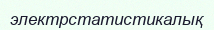
электрстатистикалық